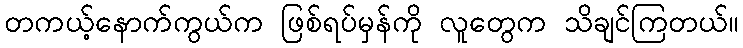
တကယ့်နောက်ကွယ်က ဖြစ်ရပ်မှန်ကို လူတွေက သိချင်ကြတယ်။